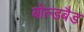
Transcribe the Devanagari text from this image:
बोल्डबैड